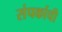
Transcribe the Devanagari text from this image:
संपर्काची